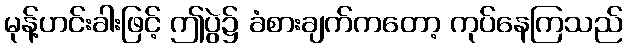
မုန့်ဟင်းခါးဖြင့် ဤပွဲ၌ ခံစားချက်ကတော့ ကုပ်နေကြသည်